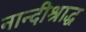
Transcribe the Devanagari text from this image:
नान्दीश्राद्ध